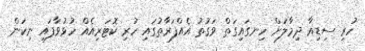
ހުރި ސިޑިއާ ދިމާލަށް ހިނގައިގަތް ވަގުތު އެއްފަރާތުގައި ހުރި ކޮޓަރިއެއް ހުޅުވާފައި ނިކަން